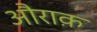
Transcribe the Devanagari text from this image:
औराक़